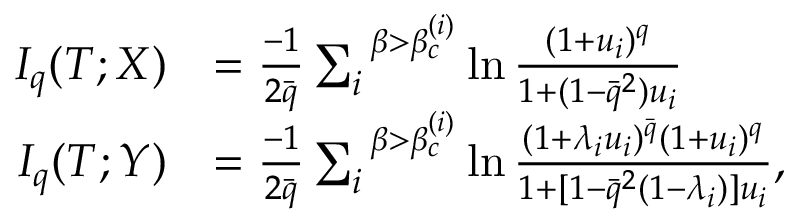
\begin{array} { r l } { I _ { q } ( T ; X ) } & { = \frac { - 1 } { 2 \bar { q } } \sum _ { i } ^ { \; \; \beta > \beta _ { c } ^ { ( i ) } } \ln \frac { ( 1 + u _ { i } ) ^ { q } } { 1 + ( 1 - \bar { q } ^ { 2 } ) u _ { i } } } \\ { I _ { q } ( T ; Y ) } & { = \frac { - 1 } { 2 \bar { q } } \sum _ { i } ^ { \; \; \beta > \beta _ { c } ^ { ( i ) } } \ln \frac { ( 1 + \lambda _ { i } u _ { i } ) ^ { \bar { q } } ( 1 + u _ { i } ) ^ { q } } { 1 + [ 1 - \bar { q } ^ { 2 } ( 1 - \lambda _ { i } ) ] u _ { i } } , } \end{array}